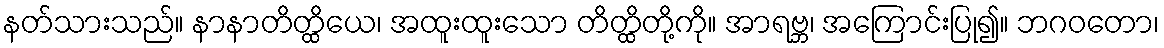
နတ်သားသည်။ နာနာတိတ္ထိယေ၊ အထူးထူးသော တိတ္ထိတို့ကို။ အာရဗ္ဘ၊ အကြောင်းပြု၍။ ဘဂဝတော၊